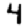
Digit: 4